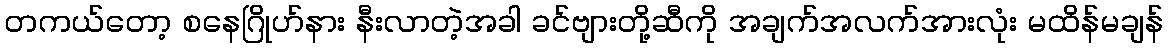
တကယ်တော့ စနေဂြိုဟ်နား နီးလာတဲ့အခါ ခင်ဗျားတို့ဆီကို အချက်အလက်အားလုံး မထိန်မချန်